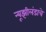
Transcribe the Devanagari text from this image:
न्यूझीलंडाचे